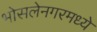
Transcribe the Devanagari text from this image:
भोसलेनगरमध्ये